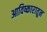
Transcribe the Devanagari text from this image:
आविष्कारातून